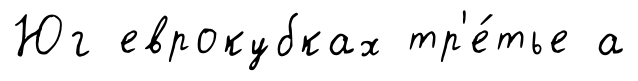
Юг еврокубках тр'е́тье а